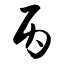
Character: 丙